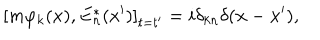
\left[ m \varphi _ { k } ( x ) , E _ { n } ^ { * } ( x ^ { \prime } ) \right] _ { t = t ^ { \prime } } = i \delta _ { k n } \delta ( \mathbf { x } - \mathbf { x } ^ { \prime } ) ,